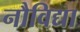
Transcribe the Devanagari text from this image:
नौविद्या